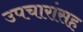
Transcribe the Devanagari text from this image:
उपचारांसह